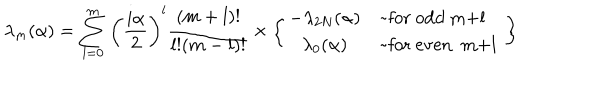
\lambda _ { m } ( \alpha ) = \sum _ { l = 0 } ^ { m } \left( { \frac { i \alpha } { 2 } } \right) ^ { l } { \frac { ( m + l ) ! } { l ! ( m - l ) ! } } \times \left\{ \begin{array} { c l } { { - \lambda _ { 2 N } ( \alpha ) } } & { { \mathrm { ~ f o r ~ o d d ~ m + l ~ } } } \\ { { \lambda _ { 0 } ( \alpha ) } } & { { \mathrm { ~ f o r ~ e v e n ~ m + l ~ } } } \\ \end{array} \right\}